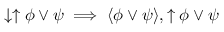
\downarrow \uparrow \phi \lor \psi \implies \langle \phi \lor \psi \rangle , \uparrow \phi \lor \psi